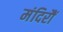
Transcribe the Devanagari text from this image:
मंदिरौं